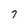
Character: 7